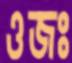
ওজঃ